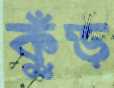
কুঁড়